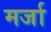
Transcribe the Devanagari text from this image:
मर्जा